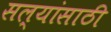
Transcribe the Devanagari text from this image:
सल्यांसाठी